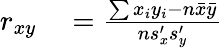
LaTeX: \begin{array}{rl}{r_{xy}}&{{}={\frac{\sum x_{i}y_{i}-n{\bar{x}}{\bar{y}}}{ns_{x}^{\prime}s_{y}^{\prime}}}}\end{array}